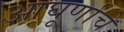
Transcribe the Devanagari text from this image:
आघूर्णाचे